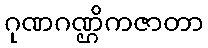
ဂုဏဂဏ္ဌိကဇာတာ